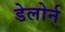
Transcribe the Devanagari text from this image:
डेलोर्न